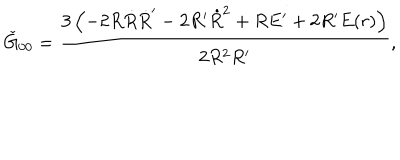
LaTeX: \check { G } _ { 0 0 } = \frac { 3 \left( - 2 R \dot { R } \dot { R } ^ { \prime } - 2 R ^ { \prime } \dot { R } ^ { 2 } + R E ^ { \prime } + 2 R ^ { \prime } E ( r ) \right) } { 2 R ^ { 2 } R ^ { \prime } } ,